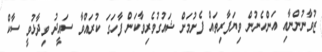
ޒުވާނުންނާއި އަންހެނުން ވިޔަފާރިތައް ފެށުމަށް ޝައުގުވެރިވާކަން ފާހަގަ ކުރައްވާ ސައީދު ވިދާޅުވީ ސާކް